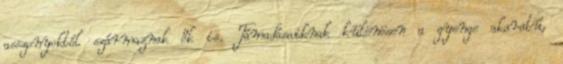
asszonyoktól származnak ők is. Támadásaiknak különösen a gyenge akaratú,